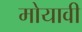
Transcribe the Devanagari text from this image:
मोयावी